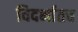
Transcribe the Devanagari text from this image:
विदर्भातच